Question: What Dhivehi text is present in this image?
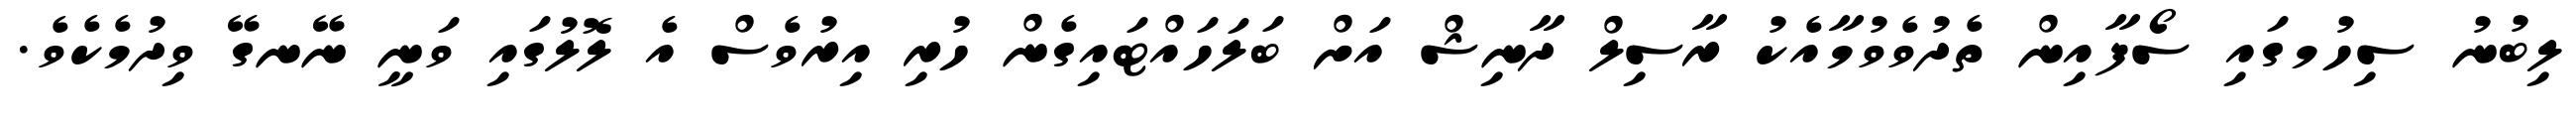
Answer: ލިބުނު ސިހުމގައި ސޯފާއިން ތެދުވެވުމާއެކު ރާސިލް ދާނިޝް އަށް ބަލަހައްޓައިގެން ހުރި އިރުވެސް އެ ލޮލުގައި ވަނީ ނޭނގޭ ވިދުމެކެވެ.